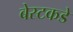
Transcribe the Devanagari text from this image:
बेस्टकडे